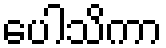
ပေါသိကာ